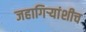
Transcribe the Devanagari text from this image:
जहागिर्‍यांशीच